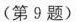
(第9题)